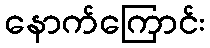
နောက်ကြောင်း